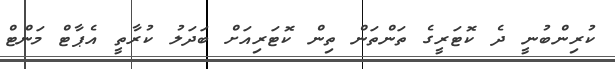
ކުރިންބުނީ ދެ ކޮޓަރީގެ ތަންތަން ތިން ކޮޓަރިއަށް ބަދަލު ކުރާތީ އެޕާޓް މަންޓް